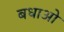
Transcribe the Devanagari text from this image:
बधाओ